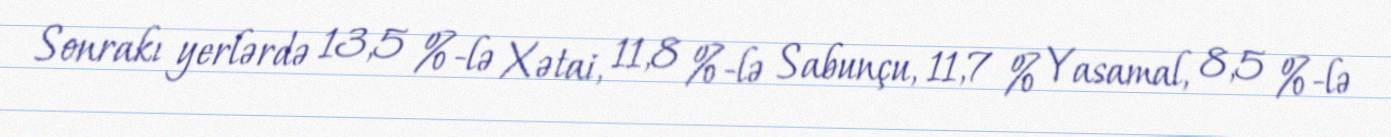
Sonrakı yerlərdə 13,5 %-lə Xətai, 11,8 %-lə Sabunçu, 11,7 % Yasamal, 8,5 %-lə